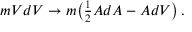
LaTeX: m V d V \rightarrow m \bigl ( { \textstyle { { \frac { 1 } { 2 } } } } A d A - A d V \bigr ) \, .